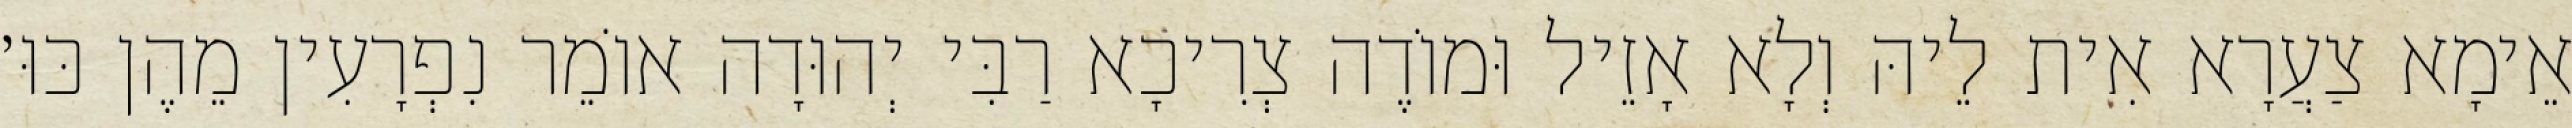
אֵימָא צַעֲרָא אִית לֵיהּ וְלָא אָזֵיל וּמוֹדֶה צְרִיכָא רַבִּי יְהוּדָה אוֹמֵר נִפְרָעִין מֵהֶן כּוּ׳